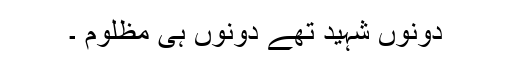
دونوں شہید تھے دونوں ہی مظلوم ۔